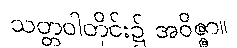
သတ္တဝါတိုင်း၌ အဝိဇ္ဇာ။